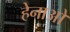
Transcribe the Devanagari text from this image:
हेनाओ